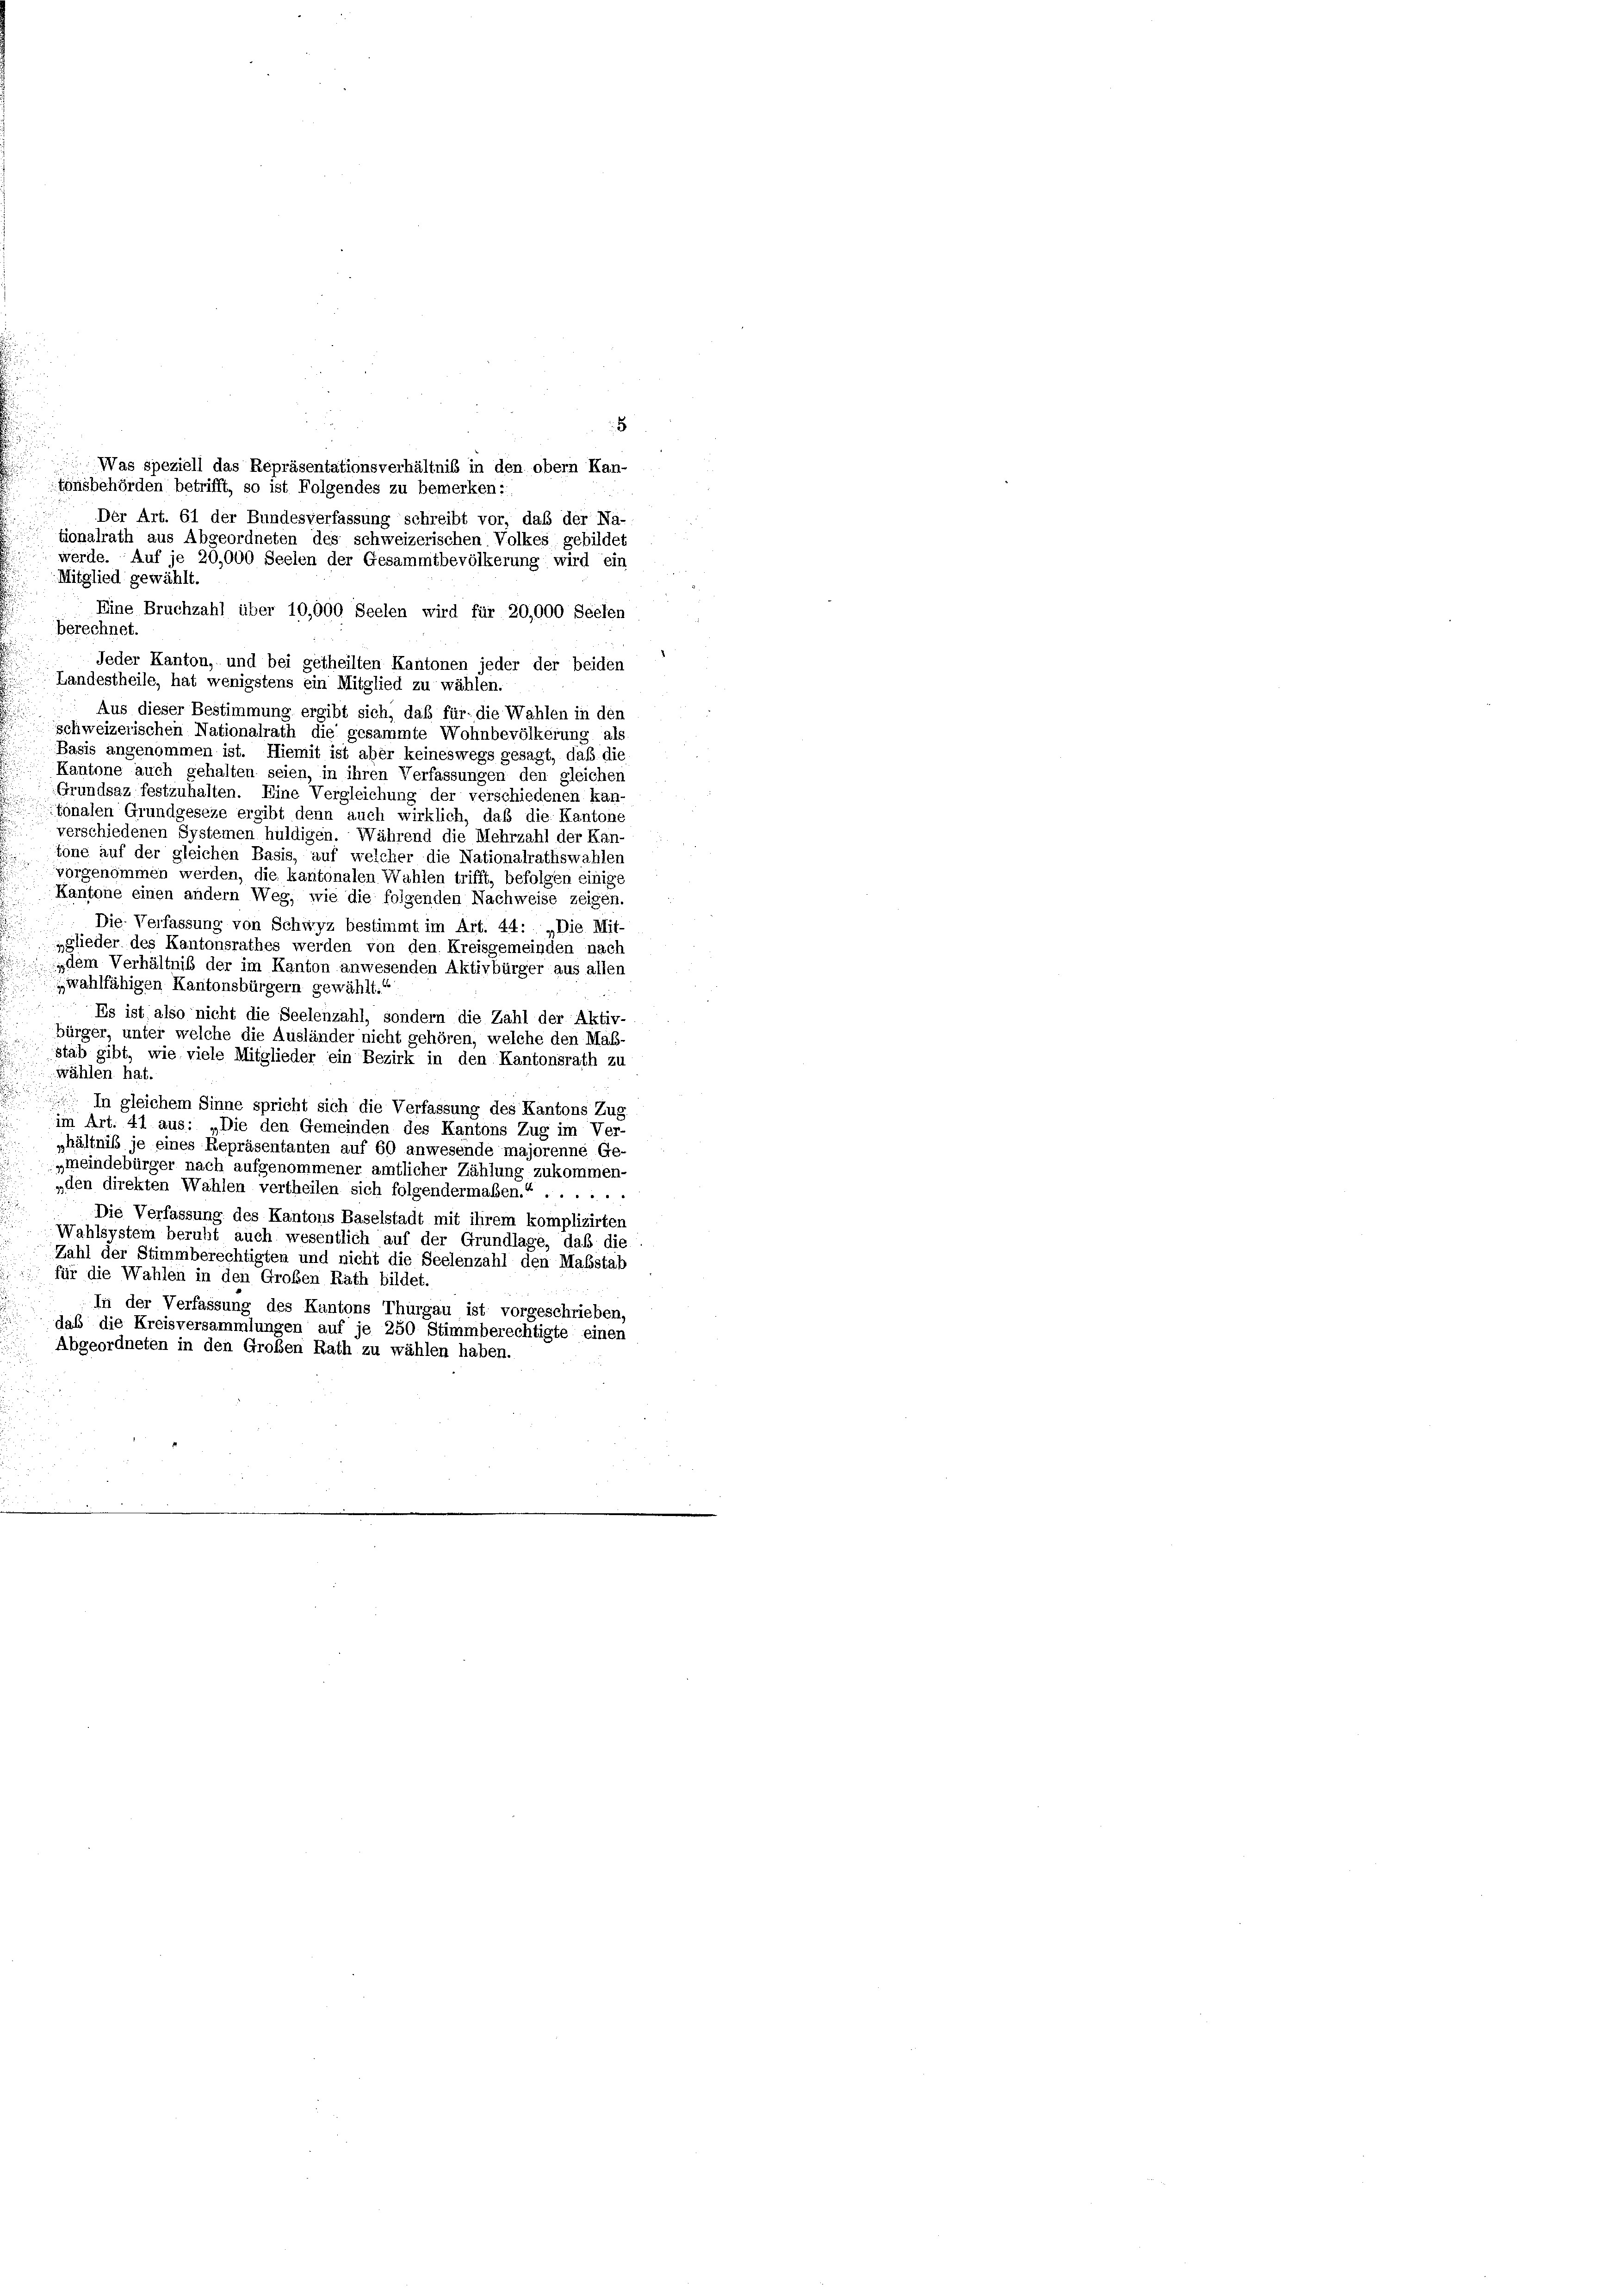
8
Was speziell das Repräsentationsverhältnis in den obern Kan-
tonsbehörden betrifft, so ist Folgendes zu bemerken:
Der Art. 61 der Bundesverfassung schreibt vor, daß der Na-
tionalrath aus Abgeordneten des schweizerischen Volkes gebildet
werde. Auf je 20,000 Seelen der Gesammtbevölkerung wird ein
Mitglied gewählt.
Eine Bruchzahl über 10,000 Seelen wird für 20,000 Seelen
berechnet.
Jeder Kanton, und bei getheilten Kantonen jeder der beiden
Landestheile, hat wenigstens ein Mitglied zu wählen.
Aus dieser Bestimmung ergibt sich, daß für die Wahlen in der
schweizerischen Nationalrath die gesammte Wohnbevölkerung als
Basis angenommen ist. Hiemit ist aber keineswegs gesagt, daß die
Kantone auch gehalten seien, in ihren Verfassungen den gleichen
Grundsaz festzuhalten. Eine Vergleichung der verschiedenen kan-
tonalen Grundgeseze ergibt denn auch wirklich, daß die Kantone
verschiedenen Systemen huldigen. Während die Mehrzahl der Kan-
tone auf der gleichen Basis, auf welcher die Nationalrathswahlen
vorgenommen werden, die kantonalen Wahlen trifft, befolgen einige
Kantone einen andern Weg, wie die folgenden Nachweise zeigen.
Die Verfassung von Schwyz bestimmt im Art. 44: „Die Mit-
gglieder des Kantonsrathes werden von den Kreisgemeinden nach
dem Verhältnis der im Kanton anwesenden Aktivbürger aus allen
wahlfähigen Kantonsbürgern gewählt.“
Es ist, also nicht die Seelenzahl, sondern die Zahl der Aktiv-
bürger, unter welche die Ausländer nicht gehören, welche den Mass-
stab gibt, wie viele Mitglieder ein Bezirk in den Kantonsrath zu
wählen hat.
 In gleichem Sinne spricht sich die Verfassung des Kantons Zug
im Art. 41 aus: „Die den Gemeinden des Kantons Zug im Ver-
hältniss je eines Repräsentanten auf 60 anwesende majorenne Ge-
„meindebürger nach aufgenommener amtlicher Zählung zukommen-
„den direkten Wahlen vertheilen sich folgendermaßen.“
.
Die Verfassung des Kantons Baselstadt mit ihrem komplizirten
Wahlsystem beruht auch wesentlich auf der Grundlage, daß die
Zahl der Stimmberechtigten und nicht die Seelenzahl den Maßstab
für die Wahlen in den Großen Rath bildet.
In der Verfassung des Kantons Thurgau ist vorgeschrieben,
daß die Kreisversammlungen auf je 250 Stimmberechtigte einen
Abgeordneten in den Großen Rath zu wählen haben.